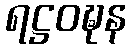
ရဋ္ဌဝဍ္ဎန